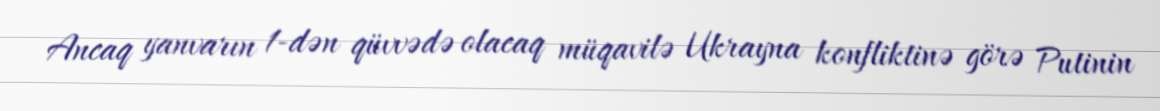
Ancaq yanvarın 1-dən qüvvədə olacaq müqavilə Ukrayna konfliktinə görə Putinin